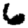
Digit: 6